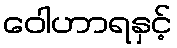
ဝေါဟာရနှင့်